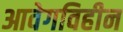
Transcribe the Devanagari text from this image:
आवेगविहीन